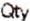
QTY